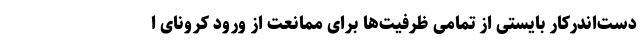
دست‌اندرکار بایستی از تمامی ظرفیت‌ها برای ممانعت از ورود کرونای ا